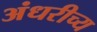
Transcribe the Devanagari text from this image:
अंधरीच्य